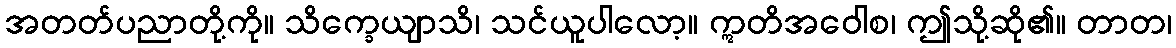
အတတ်ပညာတို့ကို။ သိက္ခေယျာသိ၊ သင်ယူပါလော့။ ဣတိအဝေါစ၊ ဤသို့ဆို၏။ တာတ၊